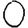
Digit: 0